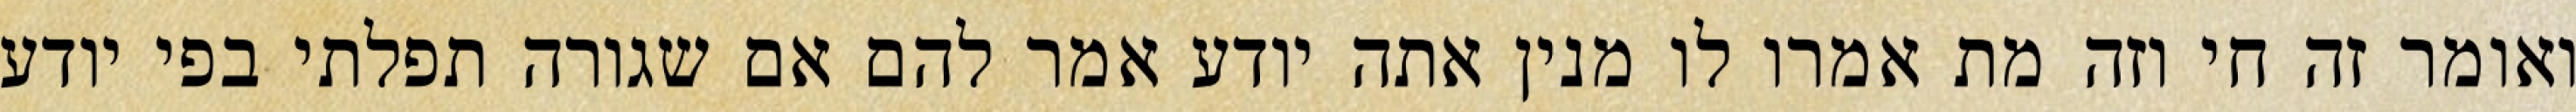
ואומר זה חי וזה מת אמרו לו מנין אתה יודע אמר להם אם שגורה תפלתי בפי יודע